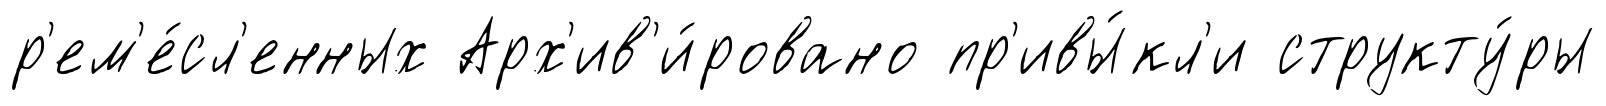
р'ем'е́сл'енных Арх'ив'и́ровано пр'ивы́кл'и структу́ры